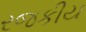
રજકીય